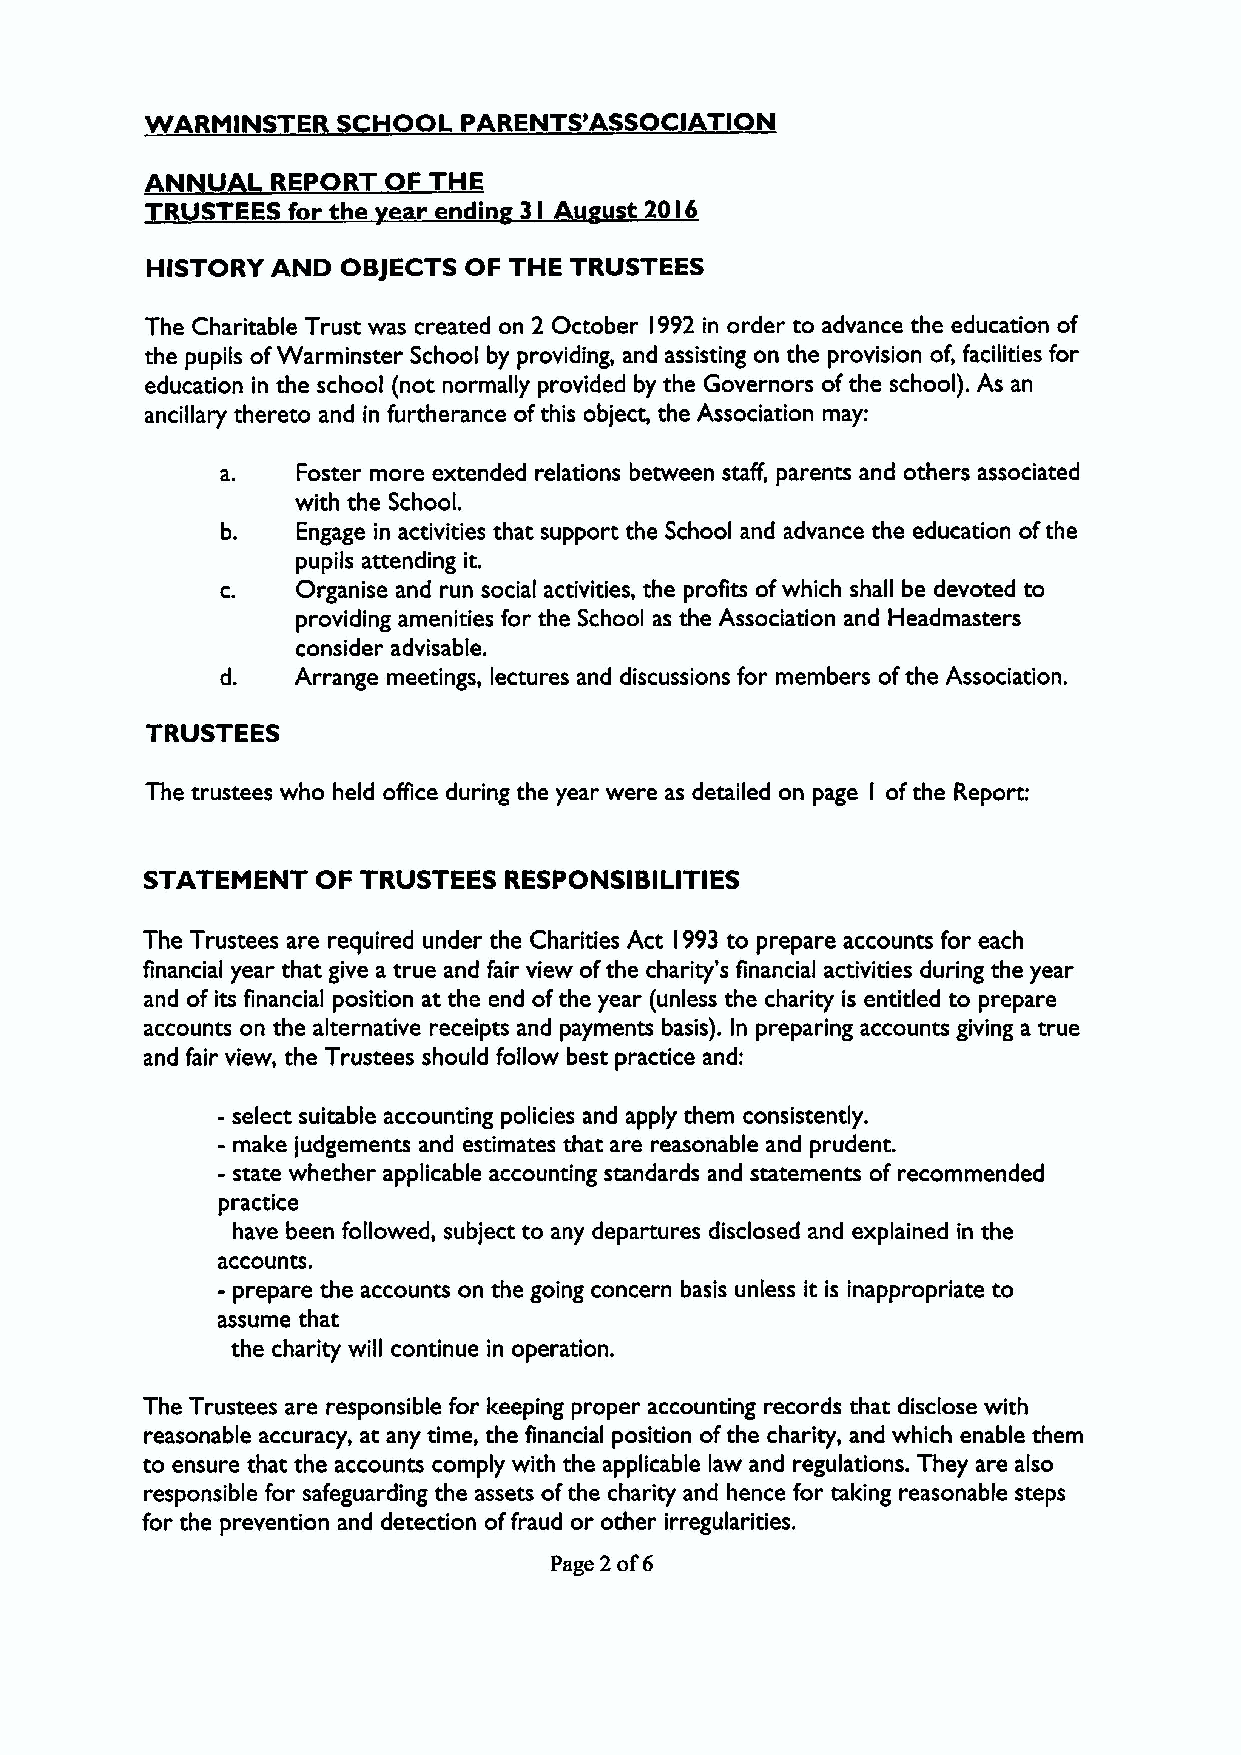
WARMINSTER  SCHOOL   PARENTS'ASSOCIATION
 ANNUA   REPORT OF THE
 TRUSTEES for the ear endin 3 I Au ust 20 I6
 HISTORY AND  OBJECTS OF THE TRUSTEES
 The Charitable Trust was created on 2 October I992 in order to advance the education of
 the pupils ofWarminster School by providing, and assisting on the provision of, facilities for
 education in the school (not normally provided by the Governors ofthe school). As an
 ancillary thereto and in furtherance ofthis object, the Association may:
 Foster more extended relations between staff, parents and others associated
 with the School.
 Engage in activities that support the School and advance the education ofthe
 pupils attending it.
 C.   Organise and run social activities, the profits ofwhich shall be devoted to
 providing amenities for the School as the Association and Headmasters
 consider advisable.
 Arrange meetings, lectures and discussions for members ofthe Association.
 TRUSTEES
 The trustees who held office during the year were as detailed on page I ofthe Report:
 STATEMENT  OF TRUSTEES RESPONSIBILITIES
 The Trustees are required under the Charities Act 993to prepare accounts for each
 I
 financial year that give a true and fair view ofthe charity's financial activities during the year
 and of its financial position at the end ofthe year (unless the charity is entitled to prepare
 accounts on the alternative receipts and payments basis). In preparing accounts giving a true
 and fair view, the Trustees should follow best practice and:
 - select suitable accounting policies and apply them consistently.
 - make judgements and estimates that are reasonable and prudent.
 - state whether applicable accounting standards and statements of recommended
 practice
 have been followed, subject to any departures disclosed and explained in the
 accounts.
 - prepare the accounts on the going concern basis unless it is inappropriate to
 assume that
 the charity will continue in operation.
 The Trustees are responsible for keeping proper accounting records that disclose with
 reasonable accuracy, at any time, the financial position ofthe charity, and which enable them
 to ensure that the accounts comply with the applicable law and regulations. They are also
 responsible for safeguarding the assets ofthe charity and hence for taking reasonable steps
 for the prevention and detection offraud or other irregularities.
 Page 2of6